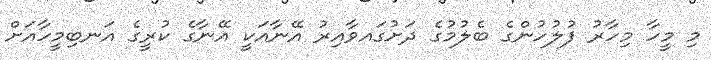
މި މީހާ މިހާރު ފުލުހުންގެ ބެލުމުގެ ދަށުގައވާއިރު އޭނާއަކީ އޭނާގެ ކުރީގެ އަނބިމީހާއަށް